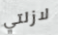
لازلتي